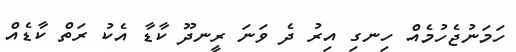
ހަމަނުޖެހުމެއް ހިނގި އިރު ދެ ވަނަ ރީނދޫ ކާޑާ އެކު ރަތް ކާޑެއް